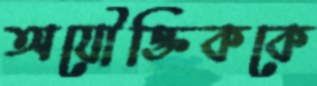
অযৌক্তিককে